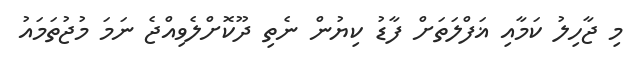
މި ޖާހިލު ކަމާއި ޣަފްލަތަށް ފާޑު ކިޔުން ނެތި ދޫކޮށްލެވިއްޖެ ނަމަ މުޖުތަމައު